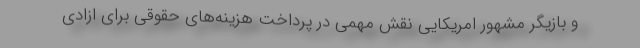
و بازیگر مشهور امریکایی نقش مهمی در پرداخت هزینه‌های حقوقی برای ازادی